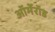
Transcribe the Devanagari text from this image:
ऑर्मेरॉड